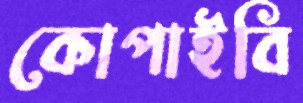
কোপাইবি